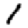
Digit: 1